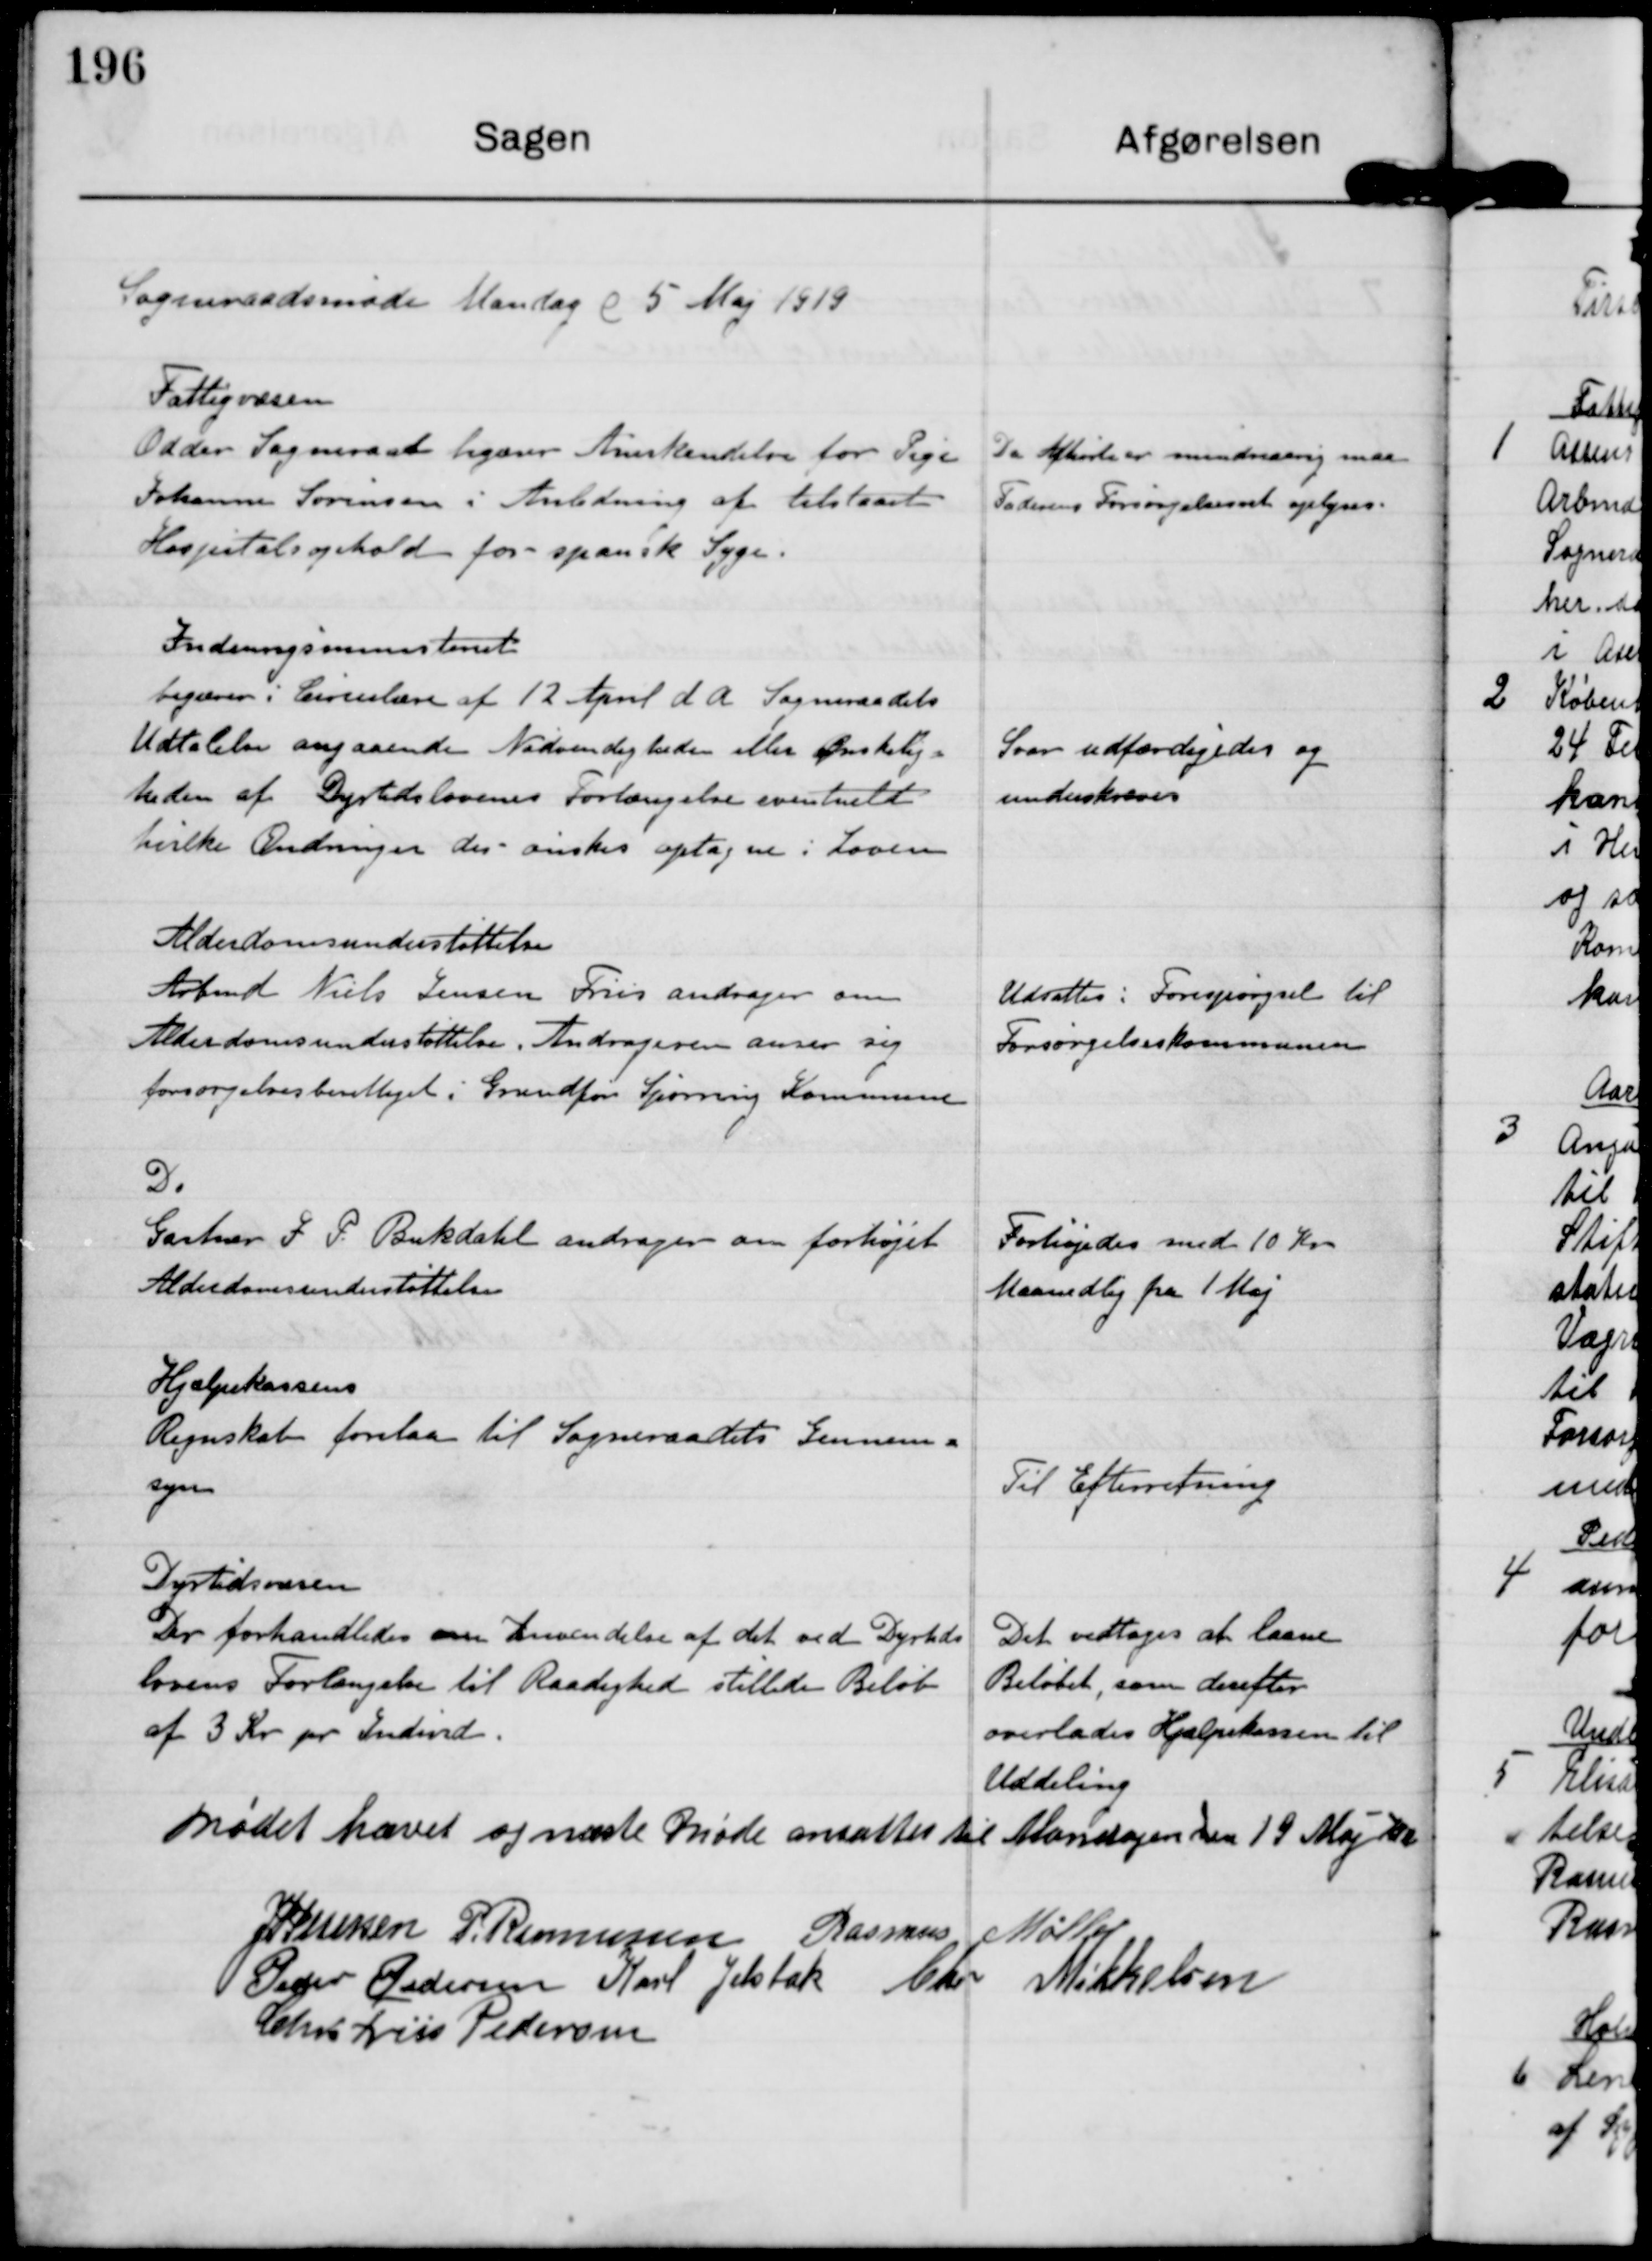
Transskription:
Sogneraadsmøde Mandag d 5 Maj 1919

Fattigvæsen
Odder Sogneraad begærer Anerkendelse for Pige
Johanne Sørensen i Anledning af tilstaaet
Hospitalsophold for spansk Syge

Da Afhørte er mindreaarig maa
Faderens Forsørgelsesret oplyses.

Indenrigsministeriet
begærer i Cirkulære af 12 April d A Sogneraadets
Udtalelse angaaende Nødvendigheden eller Ønskelig-
heden af Dyrtidslovens Forlængelse eventuelt
hvilke Ændringer der ønskes optagne i Loven

Svar udfærdigedes og
underskreves

Alderdomsunderstøttelse
Arbmd Niels Jensen Friis andrager om
Alderdomsunderstøttelse. Andrageren anser sig
forsørgelsesberettiget i Grundfør Spørring Kommune.

Udsattes. Forespørgsel til
Forsørgelseskommunen

Do
Gartner J. P. Bukdahl andrager om forhøjet
Alderdomsunderstøttelse

Forhøjedes med 10 Kr
Maanedlig fra 1 Maj

Hjælpekassens
Regnskab forelaa til Sogneraadets Gennem-
syn

Til Efterretning

Dyrtidsvæsen
Der forhandledes om Anvendelse af det ved Dyrtids-
lovens Forlængelse til Raadighed stillede Beløb
af 3 Kr pr Individ.

Det vedtoges at laane
Beløbet, som derefter
overlades Hjælpekassen til
Uddeling

Mødet hævet og næste Møde ansattes til Mandagen den 19 Maj

J P Pedersen

P. Rasmussen

Rasmus Møller

Peder Pedersen

Karl Jelsbak

Chr Mikkelsen

Chr. Friis Pedersen